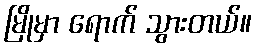
မြိုမှာ ရောက် သွားတယ်။